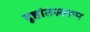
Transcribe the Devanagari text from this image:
दृष्टांतस्वरूप